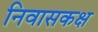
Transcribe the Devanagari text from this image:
निवासकक्ष